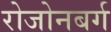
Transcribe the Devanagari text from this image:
रोजोनबर्ग